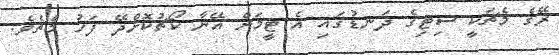
ރޭގެ މެޗަކީ ސިޓިގެ ދަނޑުގައި އެ ޓީމަށް އޭނާ ކޯޗުކޮށްދޭ ފަހު މެޗެވެ.